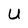
Character: U